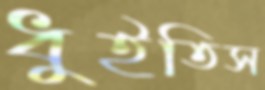
ধুইতিস